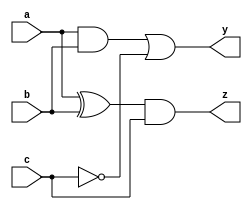
module combinational_circuit (
    input wire a,
    input wire b,
    input wire c,
    output reg y,
    output reg z
);

// Task definition
task compute_outputs;
    input wire a;
    input wire b;
    input wire c;
    begin
        // Combinational logic using blocking assignments
        y = (a & b) | (~c);  // Example logic for output y
        z = (a ^ b) & c;     // Example logic for output z
    end
endtask

// Always block with complete sensitivity list
always @ (a or b or c) begin
    // Initialize outputs (optional)
    y = 1'b0; // Initialize y to 0
    z = 1'b0; // Initialize z to 0
    
    // Call the task to compute outputs
    compute_outputs(a, b, c);
end

endmodule